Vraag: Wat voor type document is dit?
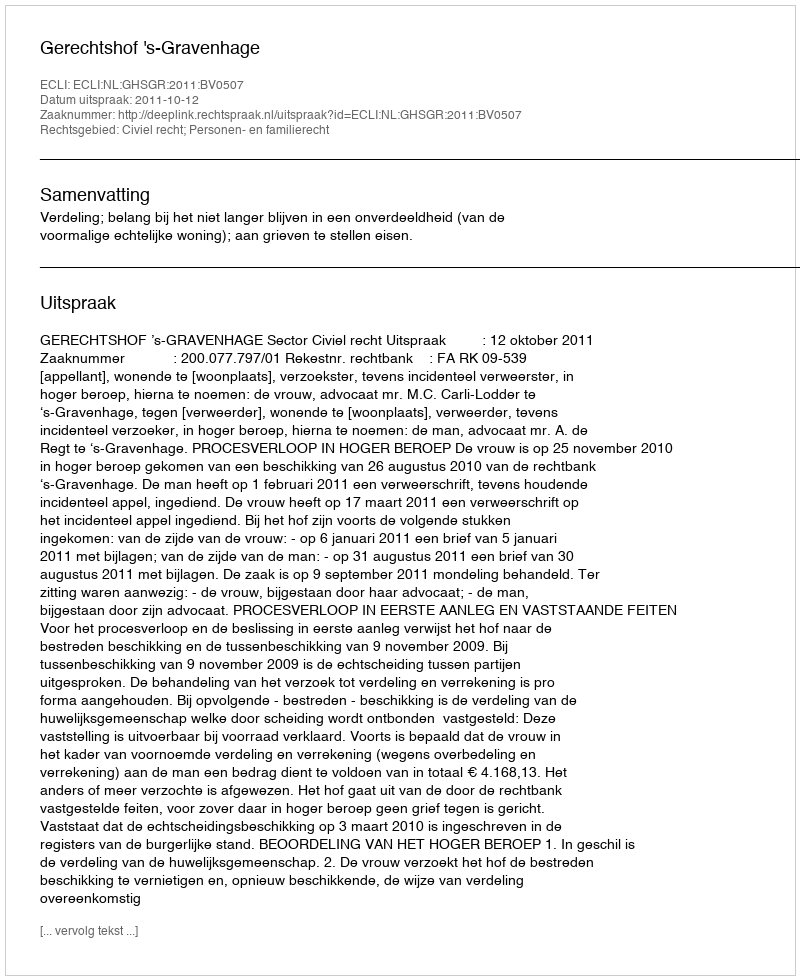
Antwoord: Uitspraak